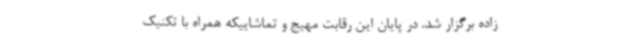
زاده برگزار شد. در پایان این رقابت مهیج و تماشاییکه همراه با تکنیک